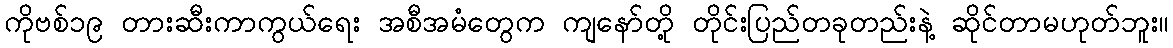
ကိုဗစ်၁၉ တားဆီးကာကွယ်ရေး အစီအမံတွေက ကျနော်တို့ တိုင်းပြည်တခုတည်းနဲ့ ဆိုင်တာမဟုတ်ဘူး။